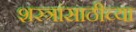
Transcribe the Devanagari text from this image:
शस्त्रांसाठीच्या